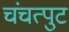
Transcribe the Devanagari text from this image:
चंचत्पुट